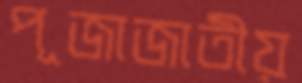
পূজাজাতীয়